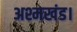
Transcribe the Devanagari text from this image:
अश्मखंड।